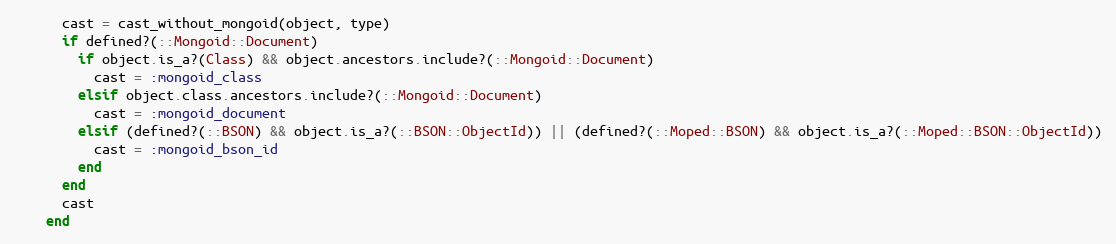
Language: Ruby
      cast = cast_without_mongoid(object, type)
      if defined?(::Mongoid::Document)
        if object.is_a?(Class) && object.ancestors.include?(::Mongoid::Document)
          cast = :mongoid_class
        elsif object.class.ancestors.include?(::Mongoid::Document)
          cast = :mongoid_document
        elsif (defined?(::BSON) && object.is_a?(::BSON::ObjectId)) || (defined?(::Moped::BSON) && object.is_a?(::Moped::BSON::ObjectId))
          cast = :mongoid_bson_id
        end
      end
      cast
    end